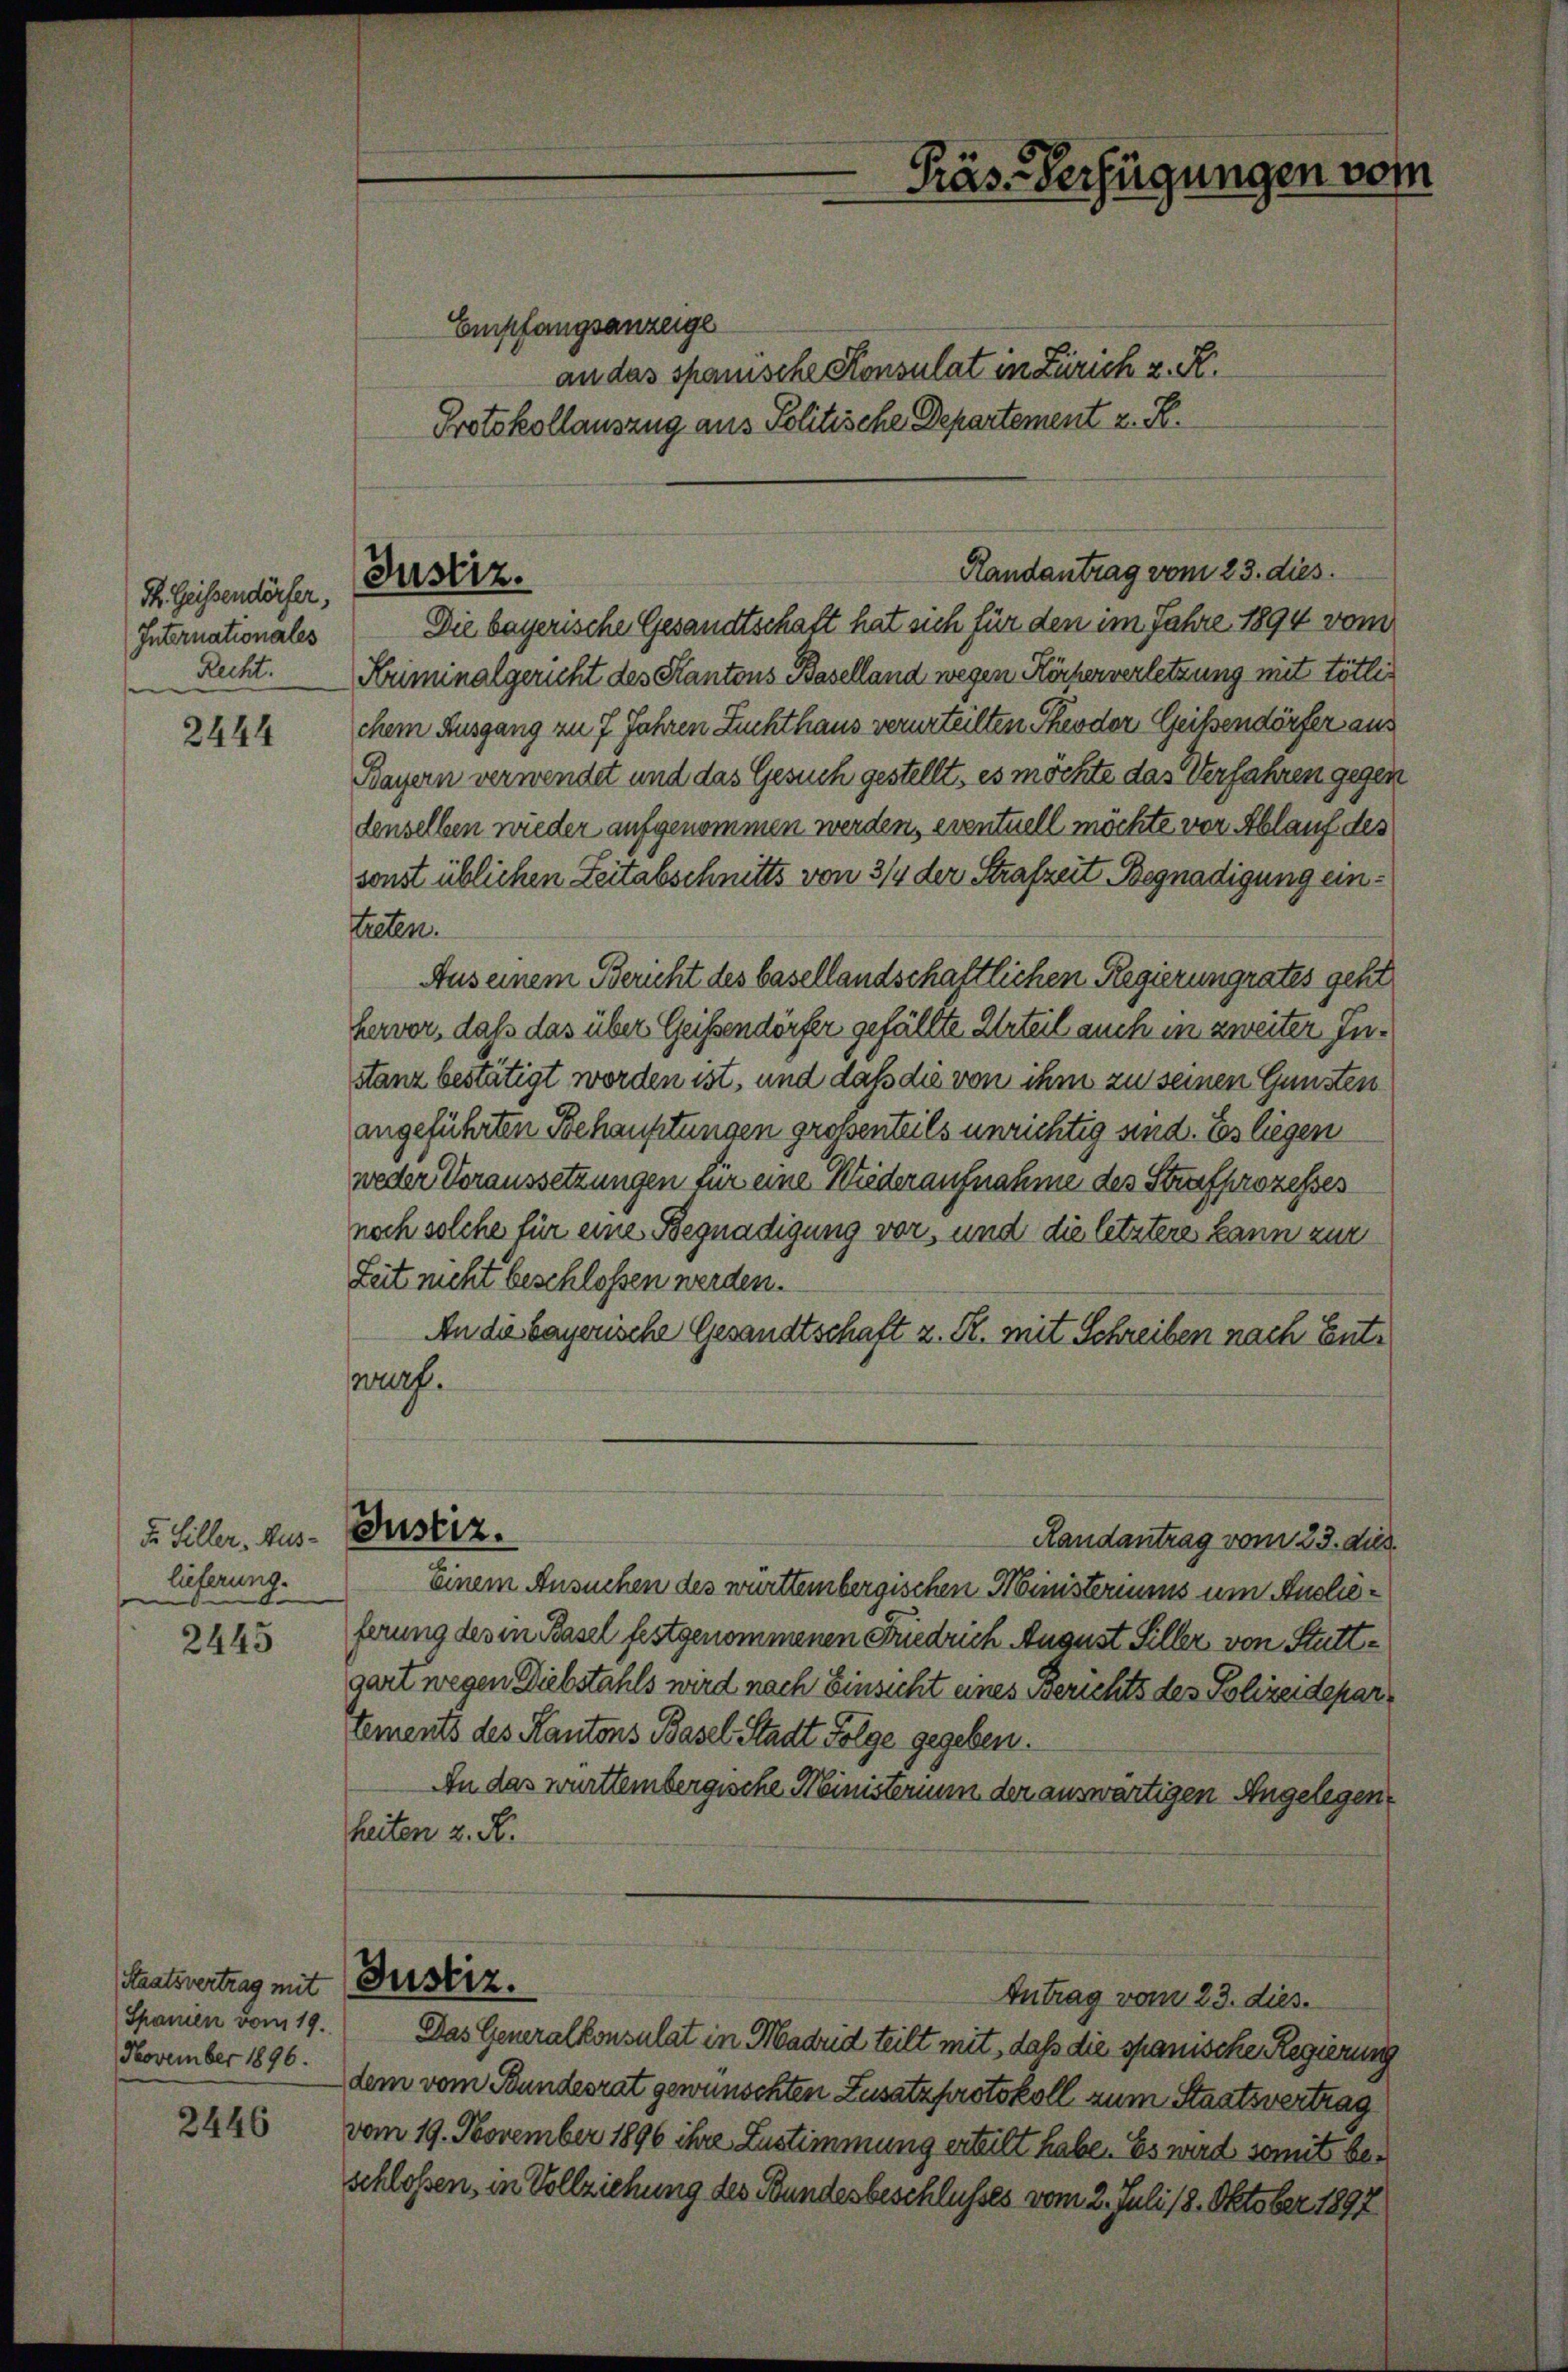
Ph. Geissendörfer,
Internationales
e

2444

F. Hiller, Auslieferung.

2445

Staatsvertrag mit
Spanien vom 19.
November 1896.

2446

Empfangsanzeige
an das spanische Konsulat in Zürich v. K.
Protokollauszug aus Politische Departement z. R.

Justiz.

Präs. Verfügungen vom

Die bayerische Gesandtschaft hat sich für den im Jahre 1894 vom
Recht. Kriminalgericht des Kantons Baselland wegen Körperverletzung mit tötlichem Ausgang zu 7 Jahren Zuchthaus verurteilten Theodor Geißendörfer aus
Bayern verwendet und das Gesuch gestellt, es möchte das Verfahren gegen
denselben wieder aufgenommen werden, eventuell möchte vor Ablauf des
sonst üblichen Zeitabschnitts von 3/4 der Strafzeit Begnadigung eintreten.
Aus einem Bericht des basellandschaftlichen Regierungrates geht
hervor, daß das über Geistendörfer gefällte Urteil auch in zweiter Instanz bestätigt worden ist, und daß die von ihm zu seinen Gunsten
angeführten Behauptungen grossenteils unrichtig und. Es liegen
weder Voraussetzungen für eine Kliederaufnahme des Strafprozesses
noch solche für eine Begnadigung vor, und die letztere kann zur
Zeit nicht beschloßen werden.
An die bayerische Gesandtschaft z. R. mit Schreiben nach Entwurf.
Justiz.
Randantrag vom 23. dies
Einem Ansuchen des württembergischen Ministeriums um Auslieferung des in Basel festgenommenen Friedrich August Siller von Stuttgart wegen Diebstahls wird nach Einsicht eines Berichts des Polizeidepartements des Kantons Basel Stadt Folge gegeben.
An das württembergische Ministerium der auswärtigen Angelegenheiten z. R.
Justiz.
Antrag vom 23. dies.
Das Generalkonsulat in Madrid teilt mit, daß die spanische Regierung
dem vom Bundesrat gewünschten Zusatzprotokoll zum Staatsvertrag
vom 19. November 1896 ihre Zustimmung erteilt habe. Es wird somit beschloßen, in Vollziehung des Bundesbeschlusses vom 2. Juli 18. Oktober 1892

Randantrag vom 23. dies